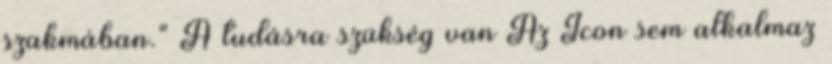
szakmában." A tudásra szükség van Az Icon sem alkalmaz